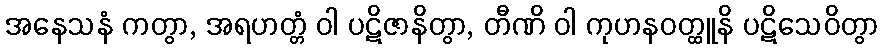
အနေသနံ ကတွာ, အရဟတ္တံ ဝါ ပဋိဇာနိတွာ, တီဏိ ဝါ ကုဟနဝတ္ထူနိ ပဋိသေဝိတွာ